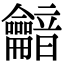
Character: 𪛏